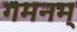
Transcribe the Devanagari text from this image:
गमनम्